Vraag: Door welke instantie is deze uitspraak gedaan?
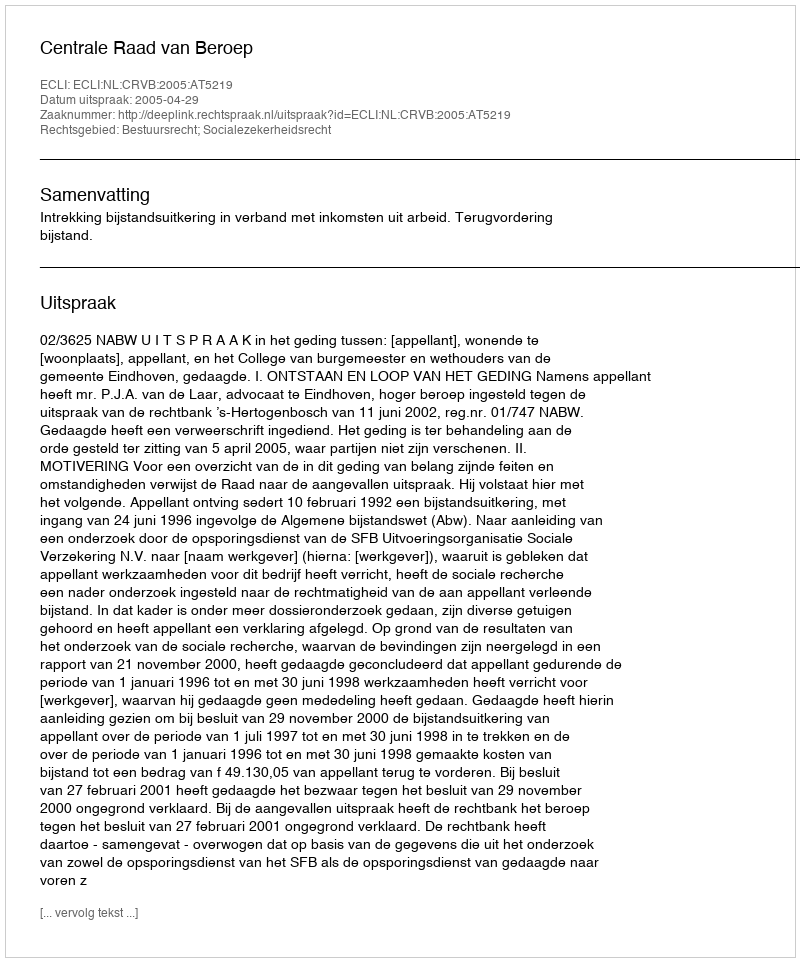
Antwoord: Centrale Raad van Beroep